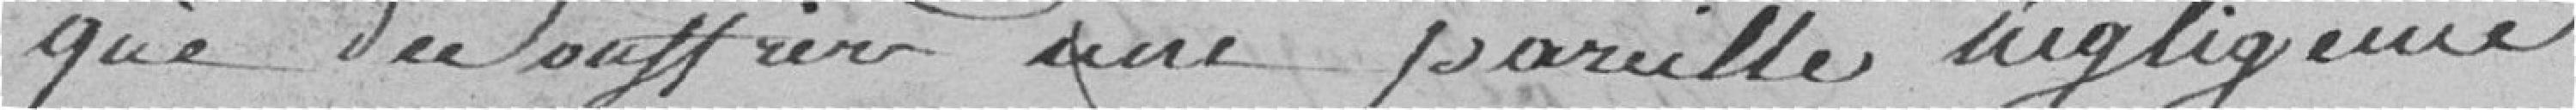
que de souffrir une pareille négligence